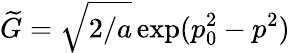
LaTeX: \widetilde{G}=\sqrt{2/a}\exp(p_{0}^{2}-p^{2})